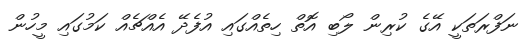
ނަފްރަތަކީ އޭގެ ކުރިން ލޯބި އޮތް ހިތެއްގައި އުފެދޭ އެއްޗެއް ކަމުގައި މީހުން